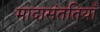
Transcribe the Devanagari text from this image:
मादासंततियाँ